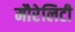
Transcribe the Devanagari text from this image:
मौरेलिटी